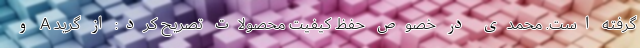
گرفته است. محمدی در خصوص حفظ کیفیت محصولات تصریح کرد: از گرید A و